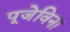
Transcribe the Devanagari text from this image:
पूजेविना